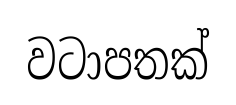
වටාපතක්